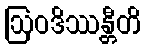
ဩဝဒိဿန္တီတိ